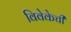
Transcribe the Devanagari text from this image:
विवेकेची